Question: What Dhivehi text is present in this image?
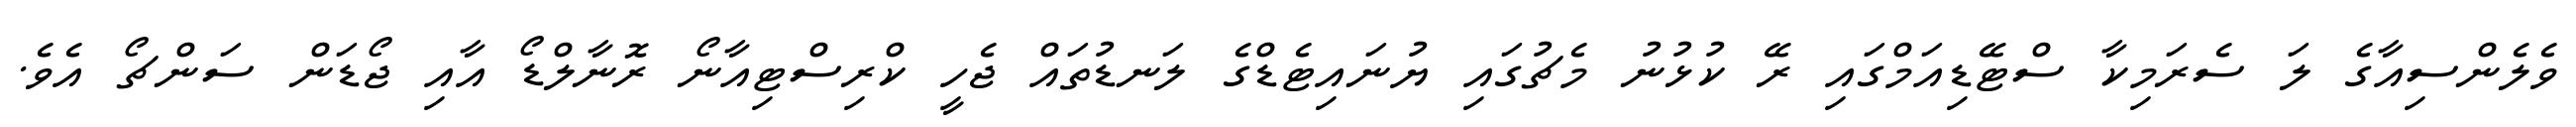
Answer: ވެލެންސިއާގެ ލަ ސެރަމިކާ ސްޓޭޑިއަމްގައި ރޭ ކުޅުނު މެޗުގައި ޔުނައިޓެޑްގެ ލަނޑުތައް ޖެހީ ކްރިސްޓިއާނޯ ރޮނާލްޑޯ އާއި ޖޯޑަން ސަންޗޯ އެވެ.